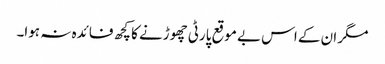
مگر ان کے اس بے موقع پارٹی چھوڑنے کا کچھ فائدہ نہ ہوا۔